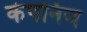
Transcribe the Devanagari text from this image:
कंपनिज